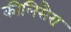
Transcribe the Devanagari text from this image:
कीलिसैरा